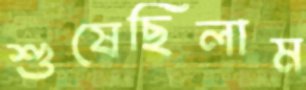
শুষেছিলাম